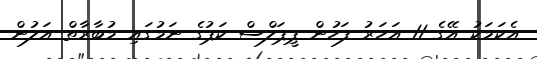
އެކަމަކު އޭގެ 11 އަހަރު ފަހުން ޕީޕަލްސް ކަޕުގެ ނަމުގައި މުބާރާތް އަލުން